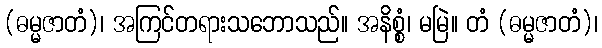
(ဓမ္မဇာတံ)၊ အကြင်တရားသဘောသည်။ အနိစ္စံ၊ မမြဲ။ တံ (ဓမ္မဇာတံ)၊